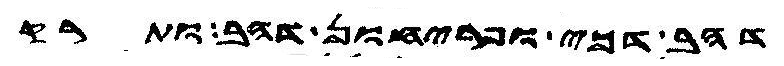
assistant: דהב דכי ופריחון דהב ותרק